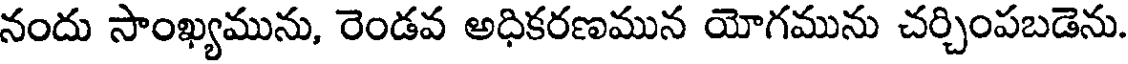
నందు సాంఖ్యమును, రెండవ అధికరణమున యోగమును చర్చింపబడెను